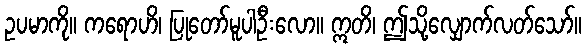
ဥပမာကို။ ကရောဟိ၊ ပြုတော်မူပါဦးလော။ ဣတိ၊ ဤသို့လျှောက်လတ်သော်။